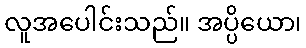
လူအပေါင်းသည်။ အပ္ပိယော၊